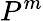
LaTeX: P^{m}